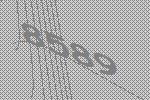
8589